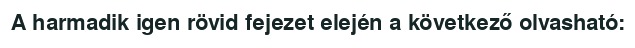
A harmadik igen rövid fejezet elején a következő olvasható: